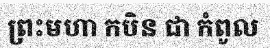
ព្រះមហា កបិន ជា កំពូល